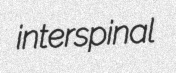
interspinal